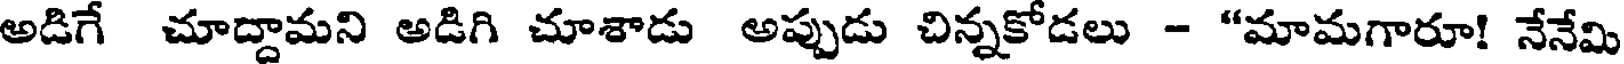
అడిగే చూద్దామని అడిగి చూశాడు అప్పుడు చిన్నకోడలు - "మామగారూ! నేనేమి